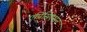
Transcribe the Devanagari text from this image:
एप्रिसिएसन